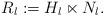
LaTeX: \begin{align*}R_l:= H_l \ltimes N_l. \end{align*}